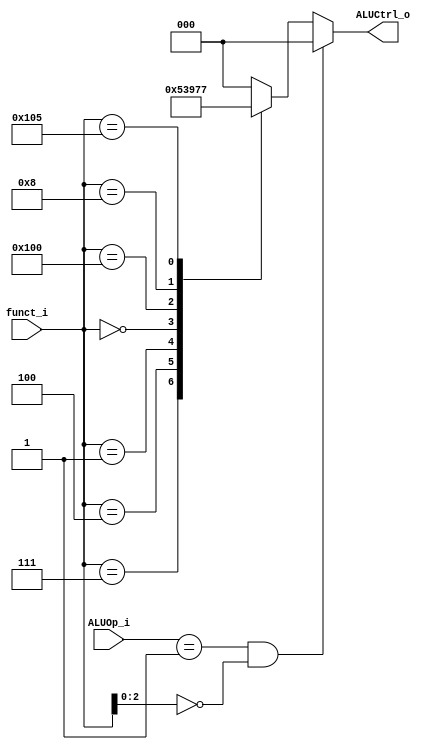

module ALU_Control(
    funct_i,
    ALUOp_i,
    ALUCtrl_o
);


input wire [9:0] funct_i; //funct7funct3
input wire [1:0]ALUOp_i;
output wire [2:0] ALUCtrl_o; //8 operations

reg [2:0] ALUCtrl;
assign ALUCtrl_o = ALUCtrl;

always @(funct_i) begin
  if (ALUOp_i == 2'b01 && funct_i[2:0] == 3'b000) 
    ALUCtrl = 3'b000;
  else begin
    case(funct_i)
      10'b0000000111 : ALUCtrl = 3'b001;    //and
      10'b0000000100 : ALUCtrl = 3'b010;    //xor
      10'b0000000001 : ALUCtrl = 3'b011;    //sll
      10'b0000000000 : ALUCtrl = 3'b100;    //add
      10'b0100000000 : ALUCtrl = 3'b101;    //sub
      10'b0000001000 : ALUCtrl = 3'b110;    //mul
      10'b0100000101 : ALUCtrl = 3'b111;    //srai
      default : begin 
        ALUCtrl = 3'b000;
        //$display("ALU control error");
      end
    endcase
  end
end

endmodule